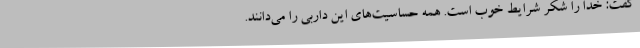
گفت: خدا را شکر شرایط خوب است. همه حساسیت‌های این داربی را می‌دانند.